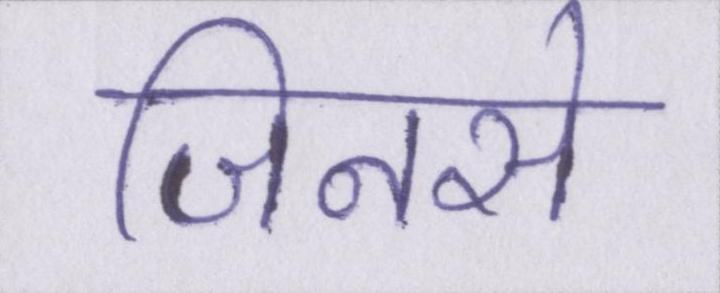
जिनसे